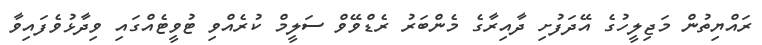
ރައްޔިތުން މަޖިލީހުގެ އޭދަފުށި ދާއިރާގެ މެންބަރު ރެޑްވޭވް ސަލީމް ކުރެއްވި ޓުވީޓެއްގައި ވިދާޅުވެފައިވާ